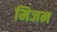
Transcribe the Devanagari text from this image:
मिजन